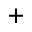
^ +